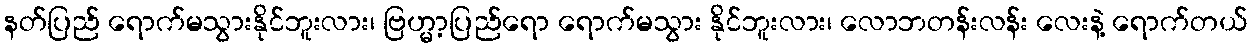
နတ်ပြည် ရောက်မသွားနိုင်ဘူးလား၊ ဗြဟ္မာ့ပြည်ရော ရောက်မသွား နိုင်ဘူးလား၊ လောဘတန်းလန်း လေးနဲ့ ရောက်တယ်